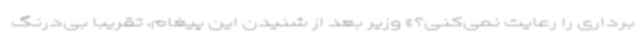
برداری را رعایت نمی‌کنی؟» وزیر بعد از شنیدن این پیغام، تقریباً بی‌درنگ